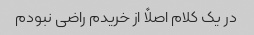
در یک کلام اصلاً از خریدم راضی نبودم